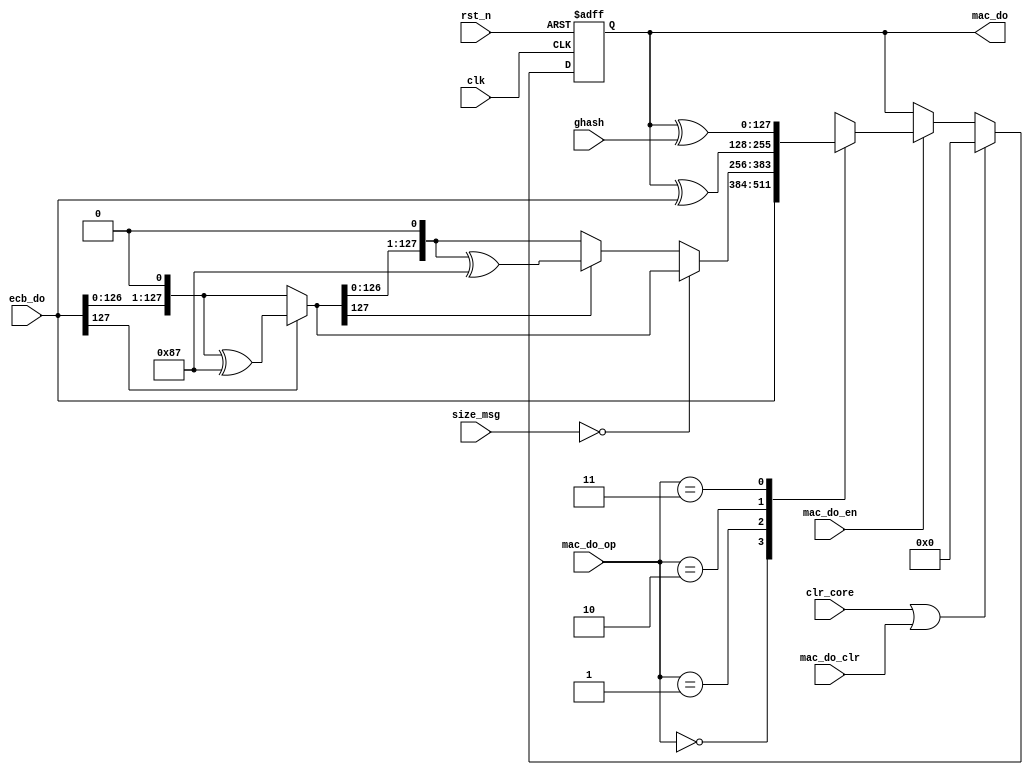
module moo_mac_do (/*AUTOARG*/
   // Outputs
   mac_do,
   // Inputs
   clk, rst_n, clr_core, mac_do_op, mac_do_en, mac_do_clr, ecb_do, ghash, size_msg
   ) ;
   input           clk, rst_n;
   input           clr_core;

   input [1:0]     mac_do_op;
   input           mac_do_en;
   input           mac_do_clr;

   input [127:0]   ecb_do;
   input [127:0]   ghash;
   input [3:0]     size_msg;

   output [127:0]  mac_do;

   reg [127:0]     mac_do;
   reg [127:0]     mac_i;

   localparam MAC_SET_ECB    = 2'b00;
   localparam MAC_SET_CMAC   = 2'b01;
   localparam MAC_SET_CCM    = 2'b10;
   localparam MAC_SET_GCM    = 2'b11;


   wire [127:0]    cmac_k1, cmac_k1_0, cmac_k1_1;
   wire [127:0]    cmac_k2, cmac_k2_0, cmac_k2_1;
   wire [127:0]    cmac_k;

   assign cmac_k1_0 = {ecb_do[126:0], 1'b0};
   assign cmac_k1_1 = {ecb_do[126:0], 1'b0} ^ {120'd0,8'b10000111};
   assign cmac_k1   = (ecb_do[127] == 1'b0) ? cmac_k1_0 : cmac_k1_1;

   assign cmac_k2_0 = {cmac_k1[126:0], 1'b0};
   assign cmac_k2_1 = {cmac_k1[126:0], 1'b0} ^ {120'd0,8'b10000111};
   assign cmac_k2   = (cmac_k1[127] == 1'b0) ? cmac_k2_0 : cmac_k2_1;

   assign cmac_k    = (size_msg == 4'd0) ? cmac_k1 : cmac_k2;


   always @ (*) begin
      case (mac_do_op)
        MAC_SET_ECB  : mac_i = ecb_do;
        MAC_SET_CMAC : mac_i = cmac_k;
        MAC_SET_CCM  : mac_i = mac_do ^ ecb_do;
        MAC_SET_GCM  : mac_i = mac_do ^ ghash;
      endcase // case (mac_do_op)
   end


   always @ (posedge clk or negedge rst_n) begin
      if(!rst_n) begin
         mac_do <= 128'd0;
      end else begin
         if(clr_core | mac_do_clr) begin
            mac_do <= 128'd0;
         end else if(mac_do_en) begin
            mac_do <= mac_i;
         end
      end
   end

endmodule // moo_mac_do